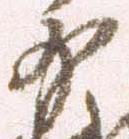
少